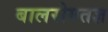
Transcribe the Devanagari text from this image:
बालरोगतज्ञ